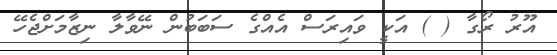
އޫރު ރޯގާ ( ) އަކީ ވައިރަސް އެއްގެ ސަބަބުން ނޭވާލާ ނިޒާމަށްޖެހޭ